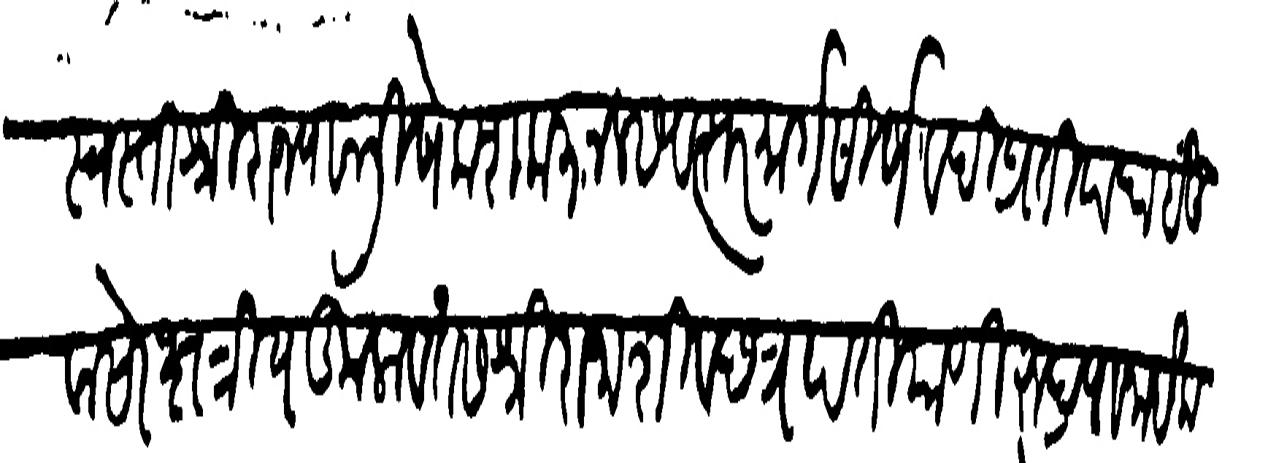
Transliteration (Devanagari): स्वस्ति श्रीराज्याभिषेक शक ३ नल सवत्सर मार्गसीर्ष वदि प्रतिपदा इंदु वासरे क्षत्रियकुलावतंस श्रीराजा शिवछत्रपति याणी रुद्रपा नाईक